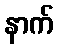
နာက်